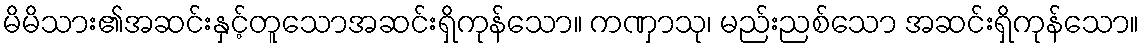
မိမိသား၏အဆင်းနှင့်တူသောအဆင်းရှိကုန်သော။ ကဏှာသု၊ မည်းညစ်သော အဆင်းရှိကုန်သော။